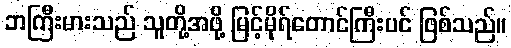
ဘကြီးမားသည် သူတို့အဖို့ မြင့်မိုရ်တောင်ကြီးပင် ဖြစ်သည်။